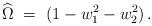
LaTeX: \begin{align*}\widehat \Omega ~=~ (1- w_1^2 -w_2^2) \,.\end{align*}